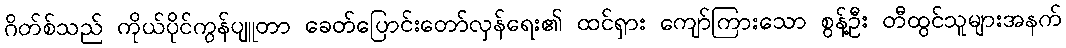
ဂိတ်စ်သည် ကိုယ်ပိုင်ကွန်ပျူတာ ခေတ်ပြောင်းတော်လှန်ရေး၏ ထင်ရှား ကျော်ကြားသော စွန့်ဦး တီထွင်သူများအနက်